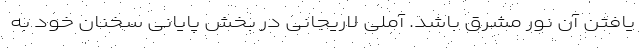
یافتن آن نور مُشرق باشد. آملی لاریجانی در بخش پایانی سخنان خود به